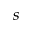
s